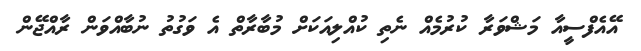
އޭއެފްސީއާ މަޝްވަރާ ކުރުމެއް ނެތި ކުއްލިއަކަށް މުބާރާތް އެ ވަގުތު ނުބާއްވަން ރާއްޖޭން